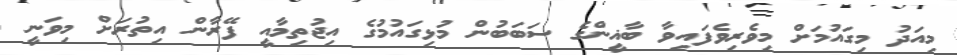
މިއަދު މިގައުމަށް މިވެރިވެފައިވާ ބާޣީންގެ ސަބަބުން މުޅިގައުމުގެ އިޖުތިމާއީ ފޭރާން އިތުރަށް މިވަނީ